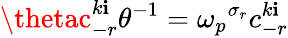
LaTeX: \thetac_{-r}^{k\mathbf{i}}\theta^{-1}={\omega_{p}}^{\sigma_{r}}c_{-r}^{k\mathbf{i}}